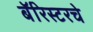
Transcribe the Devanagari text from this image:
बॅरिस्टरचे